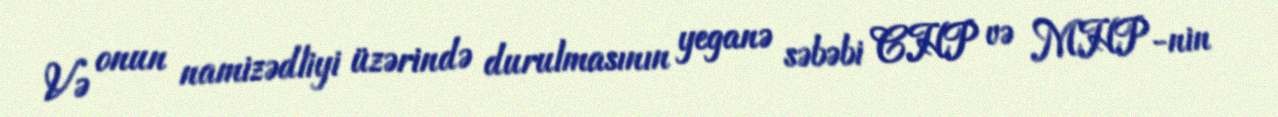
Və onun namizədliyi üzərində durulmasının yeganə səbəbi CHP və MHP-nin